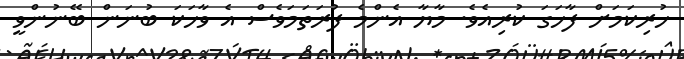
ހުރިކަމަށް ފާހަގަ ކުރިއެވެ. މާޔާ އެންމެ ފުރަތަމަވެސް އެ ވާހަކަ ބުނަން ބޭނުންވީ